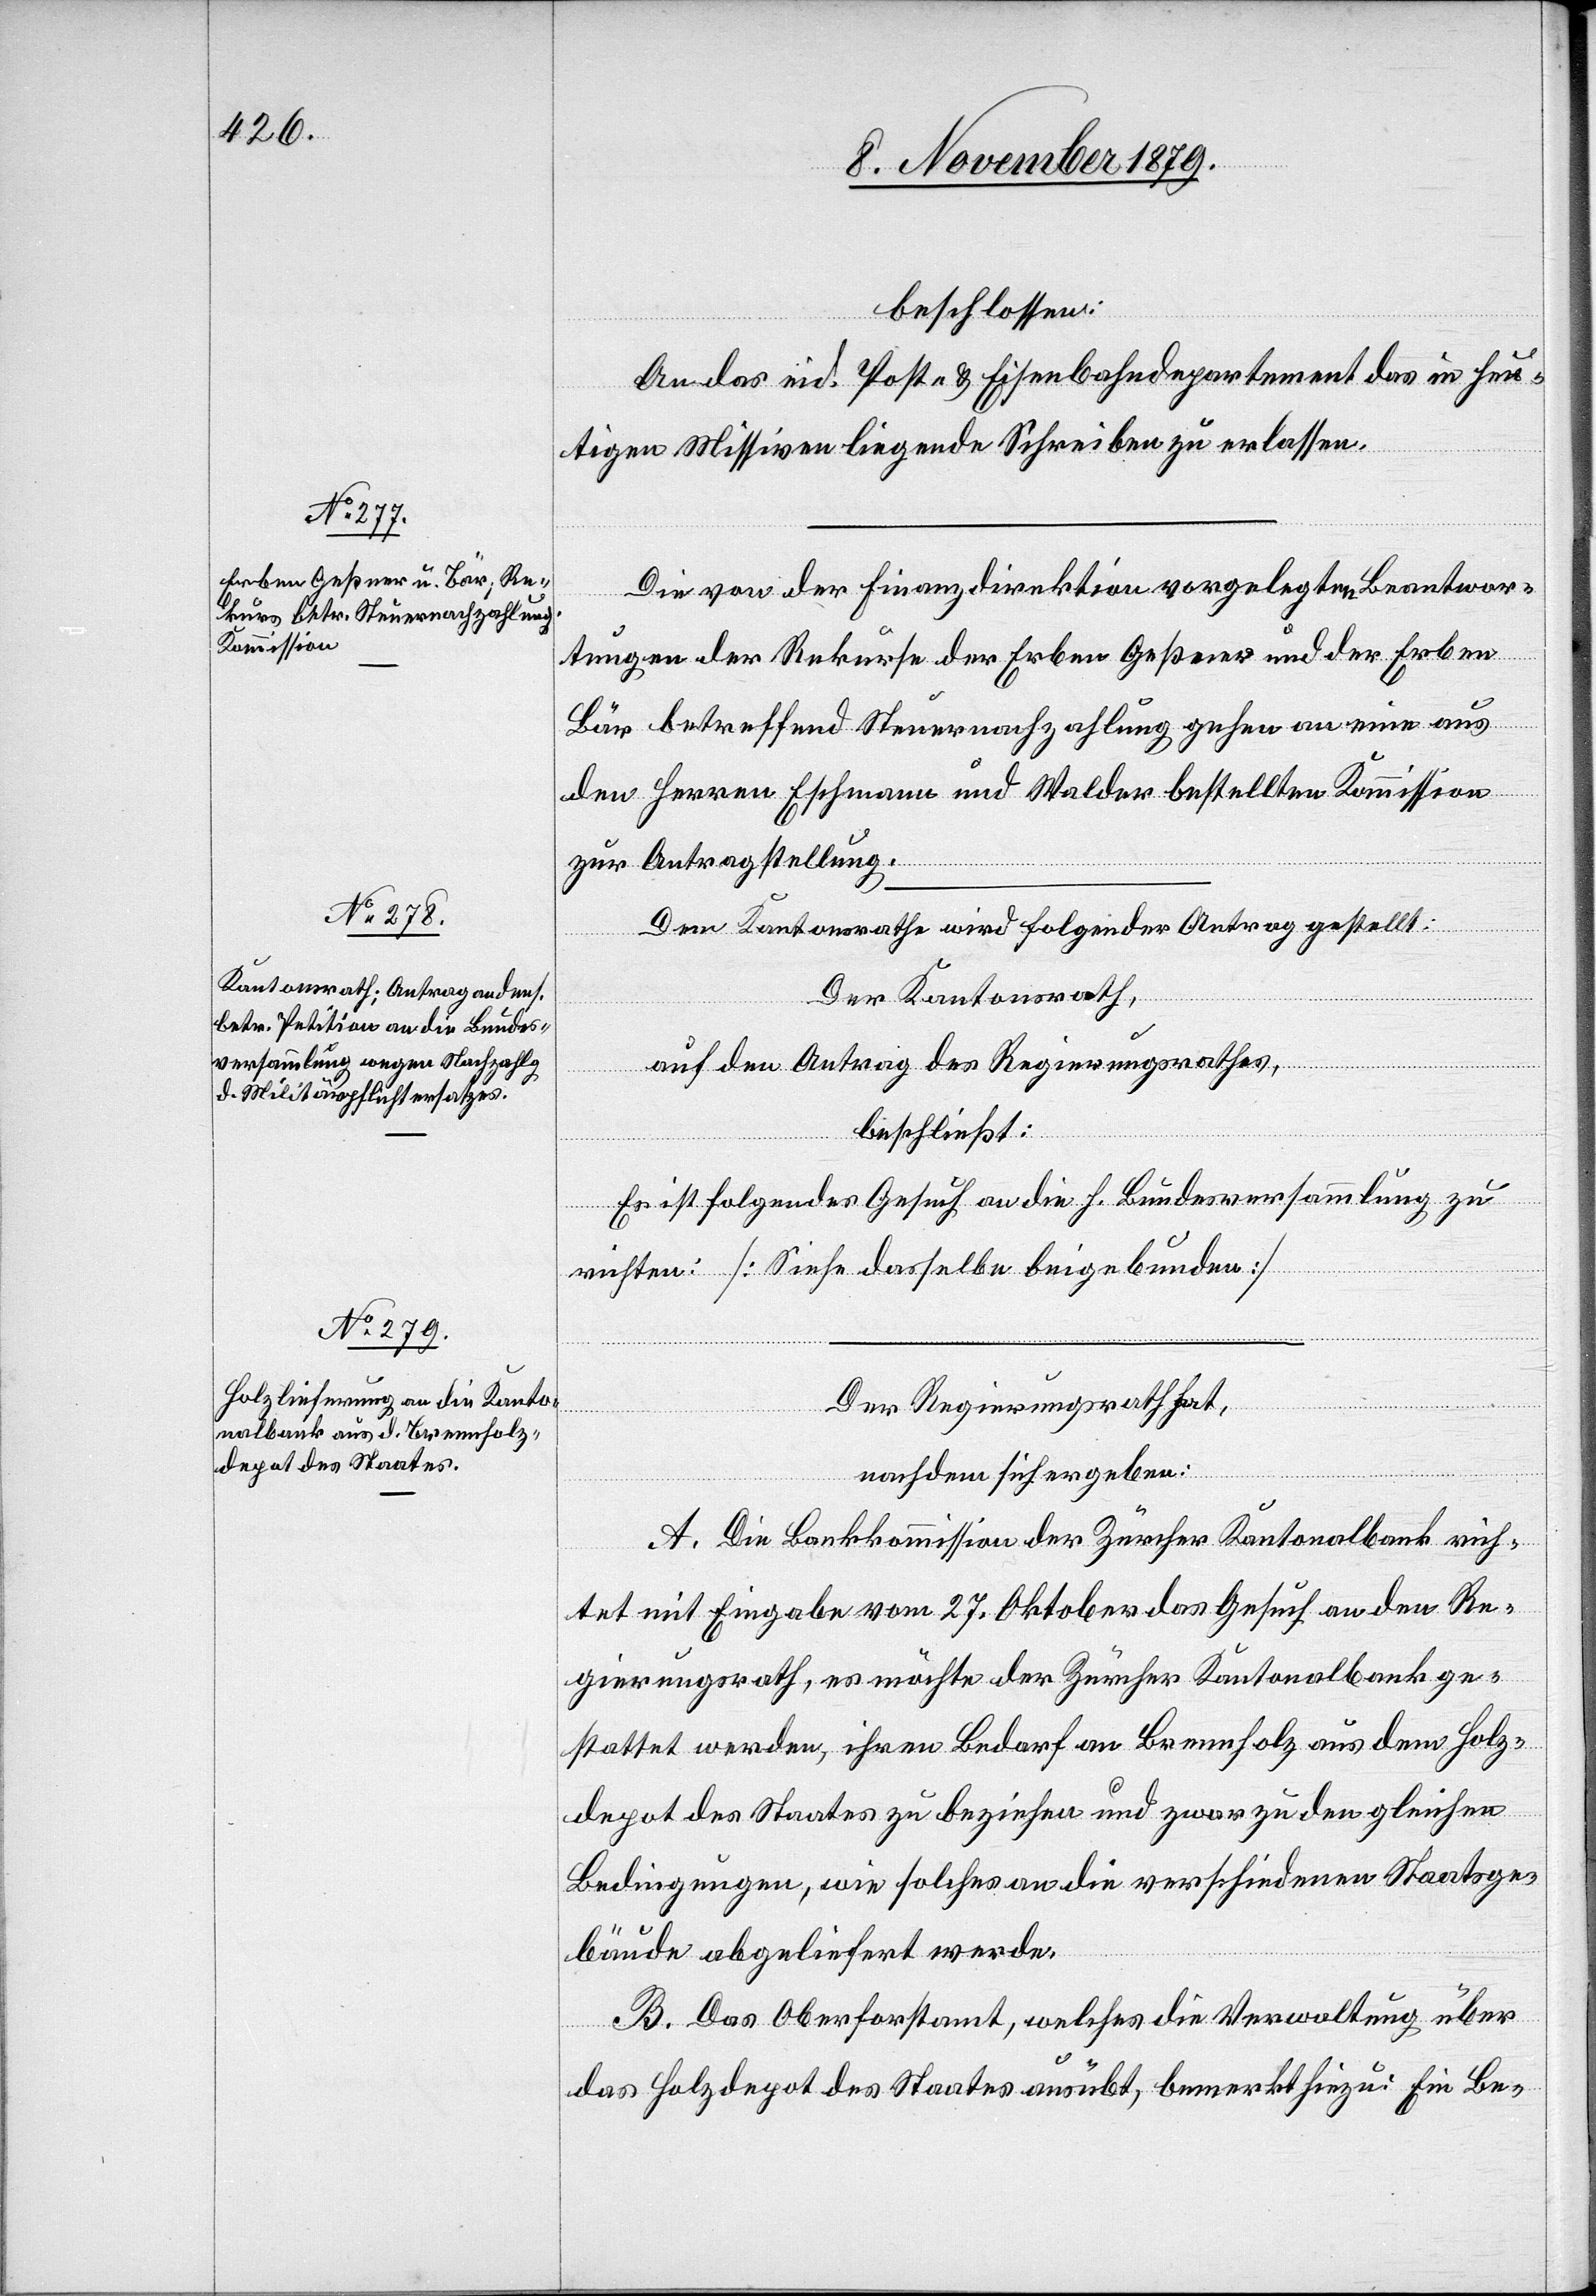
beschlossen:
An das eid. Post- & Eisenbahndepartement das in heu¬
tigen Missiven liegende Schreiben zu erlassen.
Die von der Finanzdirektion vorgelegten Beantwor¬
tungen der Rekurse der Erben Geßner und der Erben
Bär betreffend Steuernachzahlung gehen an eine aus
den Herren Eschmann und Walder bestellten Kommission
zur Antragstellung.
Dem Kantonsrathe wird folgender Antrag gestellt:
Der Kantonsrath,
auf den Antrag des Regierungsrathes,
beschließt:
Es ist folgendes Gesuch an die h. Bundesversammlung zu
richten: [Siehe dasselbe beigebunden]
Der Regierungsrath hat,
nachdem sich ergeben:
A. Die Bankkommission der Zürcher Kantonalbank rich¬
tet mit Eingabe vom 27. Oktober das Gesuch an den Re¬
gierungsrath, es möchte der Zürcher Kantonalbank ge¬
stattet werden, ihren Bedarf an Brennholz aus dem Holz¬
depot des Staates zu beziehen und zwar zu den gleichen
Bedingungen, wie solches an die verschiedenen Staatsge¬
bäude abgeliefert werde.
B. Das Oberforstamt, welches die Verwaltung über
das Holzdepot des Staates ausübt, bemerkt hiezu: Ein Be-